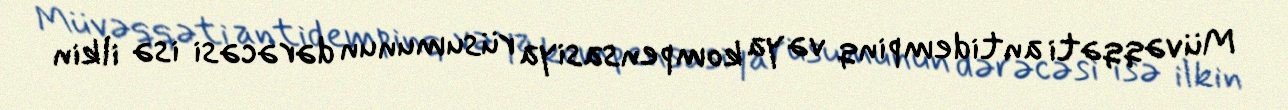
Müvəqqəti antidempinq və ya kompensasiya rüsumunun dərəcəsi isə ilkin